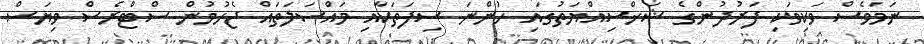
ނަމަވެސް ވަކިވަކި ފަރުދުންގެ ޝަޚްސިއްޔަތުގައި ހުންނަ ސިފަތަކާއި މައްސަލަތައް ޖެހުމުން ސްޓްރެސް ވިޔަސް